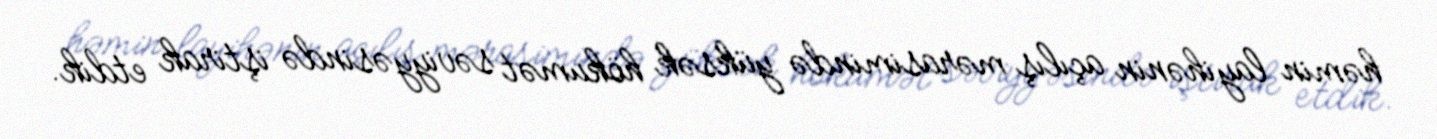
həmin layihənin açılış mərasimində yüksək hökumət səviyyəsində iştirak etdik.